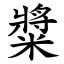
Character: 䊢